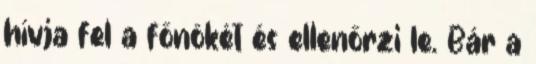
hívja fel a főnökét és ellenőrzi le. Bár a